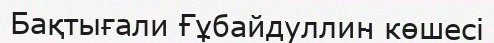
Бақтығали Ғұбайдуллин көшесі